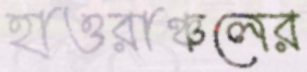
হাওরাঞ্চলের